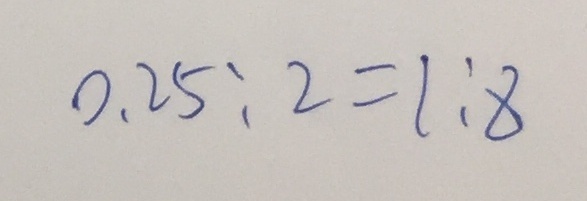
0 . 2 5 : 2 = 1 : 8